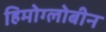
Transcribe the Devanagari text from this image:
हिमोग्लोबीन